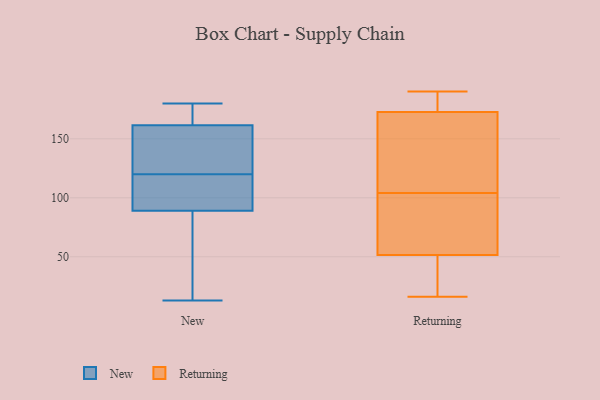
{"axis": {"x": "Production Output", "y": "Value"}, "legend": ["New", "Returning"], "data": [{"x": "", "y": 19, "type": "New"}, {"x": "", "y": 173, "type": "New"}, {"x": "", "y": 140, "type": "New"}, {"x": "", "y": 13, "type": "New"}, {"x": "", "y": 34, "type": "New"}, {"x": "", "y": 40, "type": "New"}, {"x": "", "y": 159, "type": "New"}, {"x": "", "y": 82, "type": "New"}, {"x": "", "y": 100, "type": "New"}, {"x": "", "y": 168, "type": "New"}, {"x": "", "y": 99, "type": "New"}, {"x": "", "y": 115, "type": "New"}, {"x": "", "y": 164, "type": "New"}, {"x": "", "y": 165, "type": "New"}, {"x": "", "y": 138, "type": "New"}, {"x": "", "y": 180, "type": "New"}, {"x": "", "y": 96, "type": "New"}, {"x": "", "y": 103, "type": "New"}, {"x": "", "y": 137, "type": "New"}, {"x": "", "y": 125, "type": "New"}, {"x": "", "y": 178, "type": "Returning"}, {"x": "", "y": 29, "type": "Returning"}, {"x": "", "y": 136, "type": "Returning"}, {"x": "", "y": 151, "type": "Returning"}, {"x": "", "y": 104, "type": "Returning"}, {"x": "", "y": 25, "type": "Returning"}, {"x": "", "y": 63, "type": "Returning"}, {"x": "", "y": 38, "type": "Returning"}, {"x": "", "y": 190, "type": "Returning"}, {"x": "", "y": 171, "type": "Returning"}, {"x": "", "y": 188, "type": "Returning"}, {"x": "", "y": 189, "type": "Returning"}, {"x": "", "y": 124, "type": "Returning"}, {"x": "", "y": 56, "type": "Returning"}, {"x": "", "y": 98, "type": "Returning"}, {"x": "", "y": 68, "type": "Returning"}, {"x": "", "y": 16, "type": "Returning"}]}